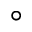
^ \circ